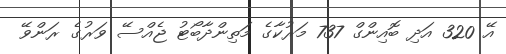
އޭ 320 އަދި ބޮއިންގް 737 މަރުކާގެ މަތިންދާބޯޓު ޖެއްސޭ ވަރުގެ ރަންވޭ